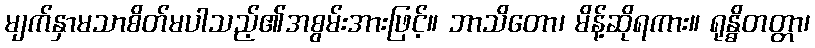
မျက်နှာမသာစိတ်မပါသည့်၏အစွမ်းအားဖြင့်။ ဘာသိတော၊ မိန့်ဆိုရကား။ ရုန္ဓိတတ္တာ၊